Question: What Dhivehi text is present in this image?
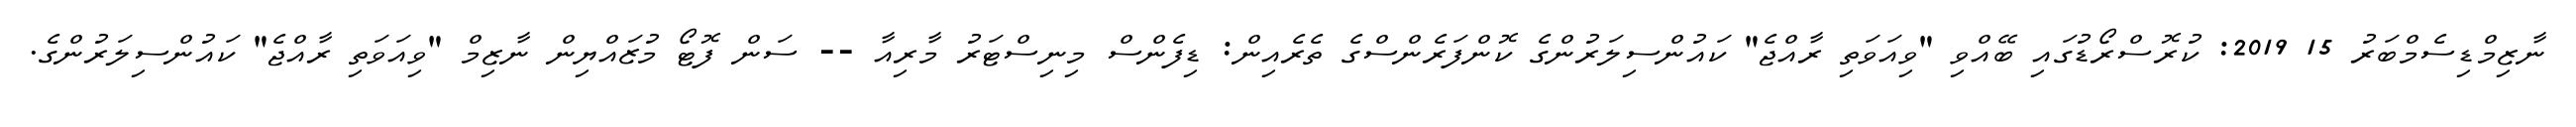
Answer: ނާޒިމްޑިސެމްބަރު 15 2019: ކުރޮސްރޯޑުގައި ބޭއްވި "ވިއަވަތި ރާއްޖެ" ކައުންސިލަރުންގެ ކޮންފަރެންސްގެ ތެރެއިން: ޑިފެންސް މިނިސްޓަރު މާރިއާ -- ސަން ފޮޓޯ މުޒައްޔިން ނާޒިމް "ވިއަވަތި ރާއްޖެ" ކައުންސިލަރުންގެ.